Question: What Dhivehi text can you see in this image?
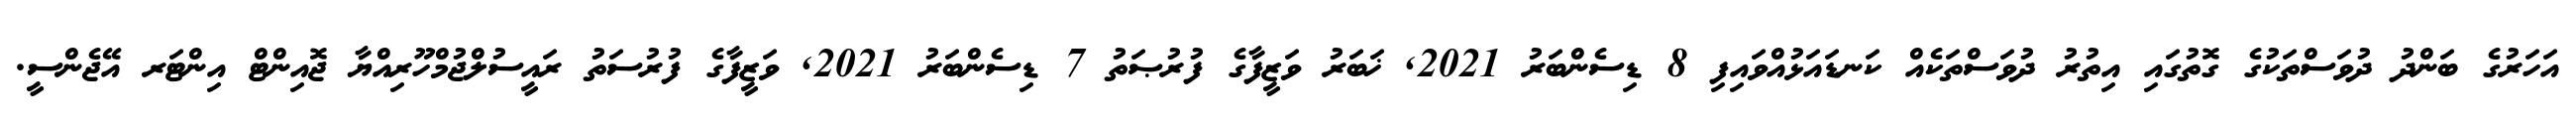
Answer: އަހަރުގެ ބަންދު ދުވަސްތަކުގެ ގޮތުގައި އިތުރު ދުވަސްތަކެއް ކަނޑައަޅުއްވައިފި 8 ޑިސެންބަރު 2021, ޚަބަރު ވަޒީފާގެ ފުރުޞަތު 7 ޑިސެންބަރު 2021, ވަޒީފާގެ ފުރުސަތު ރައީސުލްޖުމްހޫރިއްޔާ ޖޮއިންޓް އިންޓަރ އޭޖެންސީ.